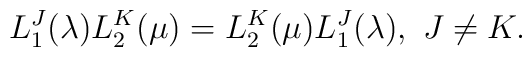
L_1^J(\lambda)L_2^K(\mu)=L_2^K(\mu)L_1^J(\lambda),\ J\neq K.